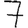
Digit: 7